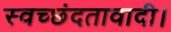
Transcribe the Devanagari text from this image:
स्वच्छंदतावादी।